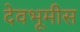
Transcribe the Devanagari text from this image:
देवभूमीस